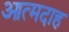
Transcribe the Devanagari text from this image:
आत्‍मदाह